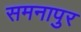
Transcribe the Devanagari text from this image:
समनापुर